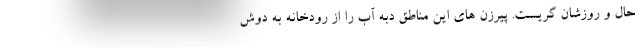
حال و روزشان گریست. پیرزن های این مناطق دبه آب را از رودخانه به دوش